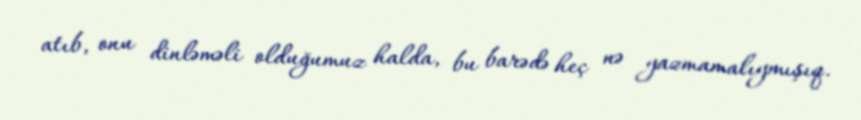
atıb, onu dinləməli olduğumuz halda, bu barədə heç nə yazmamalıymışıq.